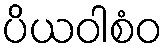
ပိယဝါစံဝ